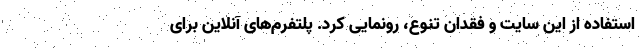
استفاده از این سایت و فقدان تنوع، رونمایی کرد. پلتفرم‌های آنلاین برای